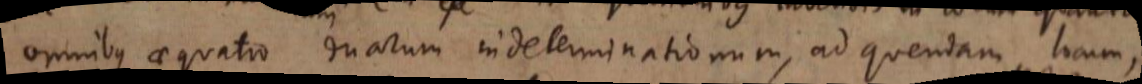
omnibus aequatio duarum indeterminationum, ad quendam locum,